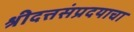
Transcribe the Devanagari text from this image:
श्रीदत्तसंप्रदयाचा